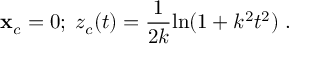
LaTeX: { \bf x } _ { c } = 0 ; \; z _ { c } ( t ) = { \frac { 1 } { 2 k } } \mathrm { l n } ( 1 + k ^ { 2 } t ^ { 2 } ) \; .